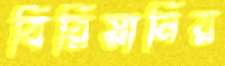
বিরিয়ানির